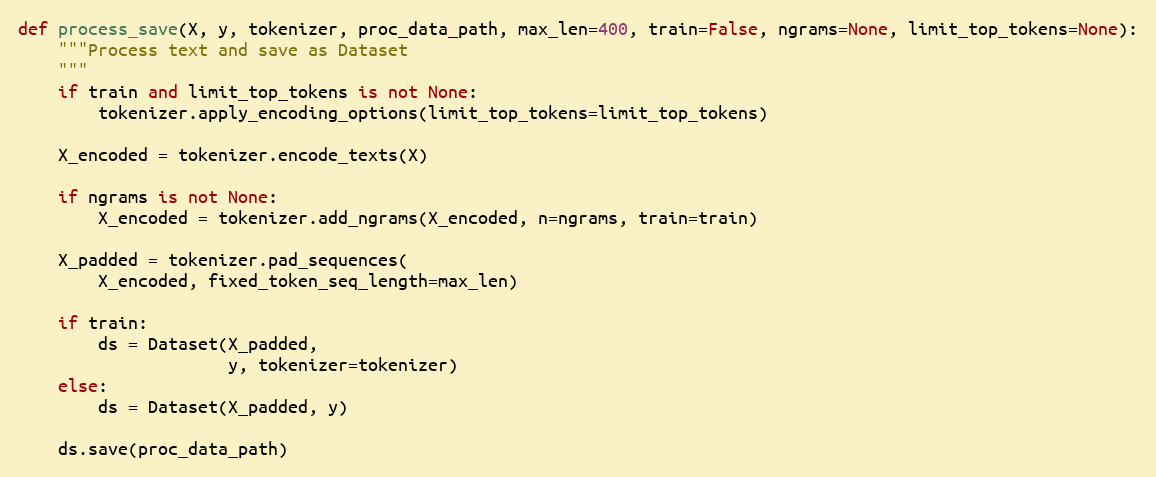
Language: Python
def process_save(X, y, tokenizer, proc_data_path, max_len=400, train=False, ngrams=None, limit_top_tokens=None):
    """Process text and save as Dataset
    """
    if train and limit_top_tokens is not None:
        tokenizer.apply_encoding_options(limit_top_tokens=limit_top_tokens)

    X_encoded = tokenizer.encode_texts(X)

    if ngrams is not None:
        X_encoded = tokenizer.add_ngrams(X_encoded, n=ngrams, train=train)

    X_padded = tokenizer.pad_sequences(
        X_encoded, fixed_token_seq_length=max_len)

    if train:
        ds = Dataset(X_padded,
                     y, tokenizer=tokenizer)
    else:
        ds = Dataset(X_padded, y)

    ds.save(proc_data_path)